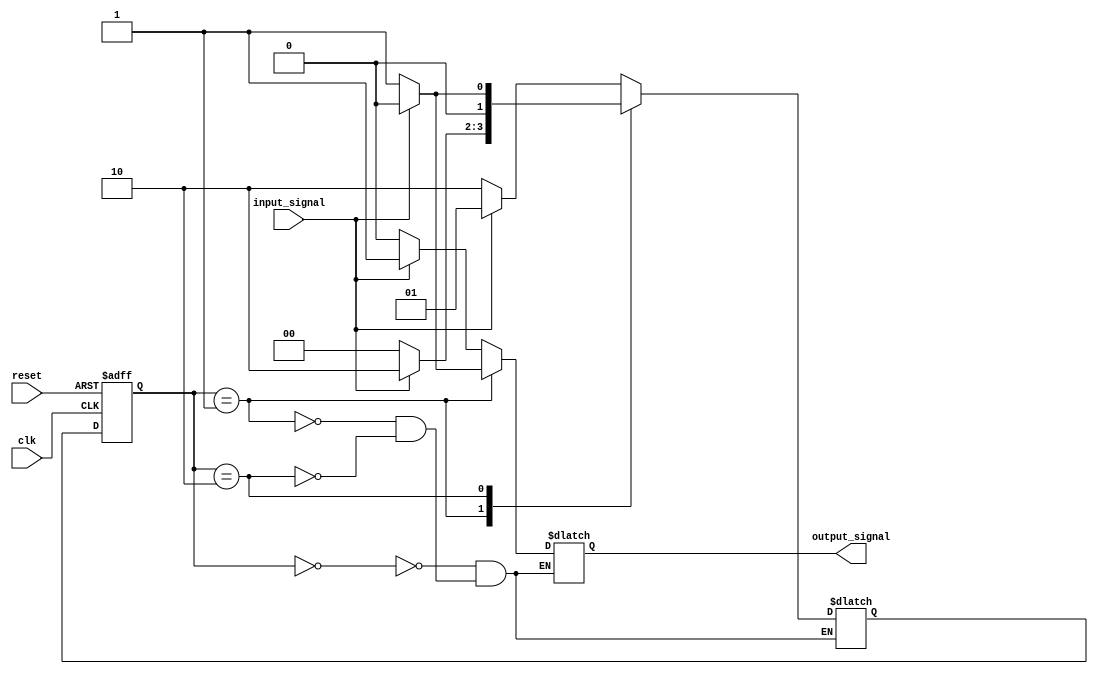
module mealy_state_machine (
    input clk,
    input reset,
    input input_signal,
    output reg output_signal
);

// Define the states
parameter STATE_A = 2'b00;
parameter STATE_B = 2'b01;
parameter STATE_C = 2'b10;

// Define the state memory
reg [1:0] current_state;
reg [1:0] next_state;

always @ (posedge clk or posedge reset) begin
    if (reset) begin
        current_state <= STATE_A;
    end else begin
        current_state <= next_state;
    end
end

// Determine the outputs based on the current state and input signal
always @ (*) begin
    case (current_state)
        STATE_A: begin
            if (input_signal) begin
                next_state = STATE_B;
                output_signal = 1'b1;
            end else begin
                next_state = STATE_C;
                output_signal = 1'b0;
            end
        end
        
        STATE_B: begin
            if (input_signal) begin
                next_state = STATE_C;
                output_signal = 1'b0;
            end else begin
                next_state = STATE_A;
                output_signal = 1'b1;
            end
        end
        
        STATE_C: begin
            if (input_signal) begin
                next_state = STATE_A;
                output_signal = 1'b1;
            end else begin
                next_state = STATE_B;
                output_signal = 1'b0;
            end
        end
    endcase
end

endmodule